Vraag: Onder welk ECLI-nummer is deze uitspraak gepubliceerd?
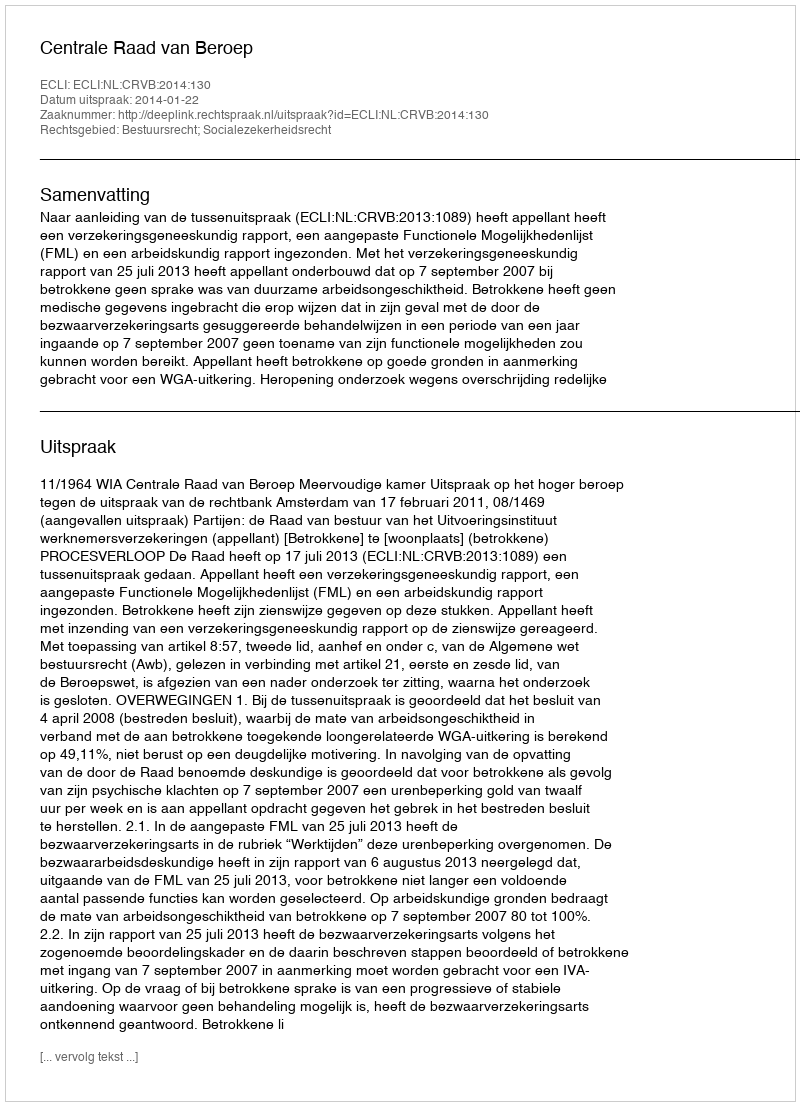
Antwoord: ECLI:NL:CRVB:2014:130